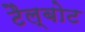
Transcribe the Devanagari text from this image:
टैल्बोट